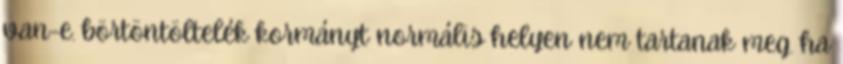
van-e. börtöntöltelék kormányt normális helyen nem tartanak meg. ha